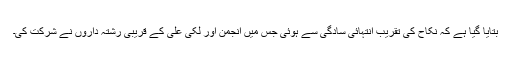
بتایا گیا ہے کہ نکاح کی تقریب انتہائی سادگی سے ہوئی جس میں انجمن اور لکی علی کے قریبی رشتہ داروں نے شرکت کی۔